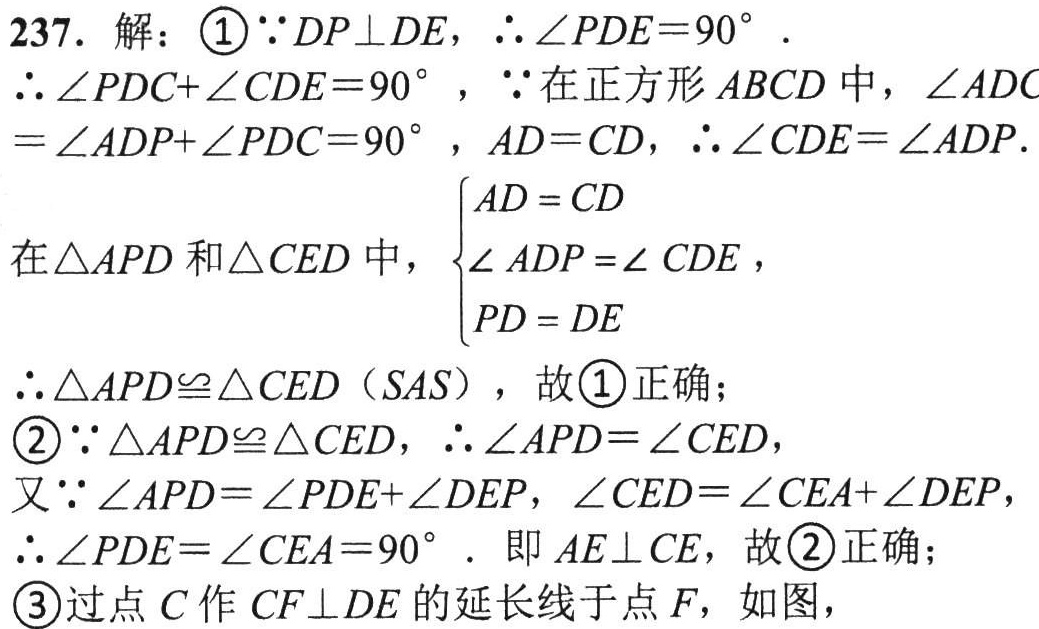
237. 解：\textcircled{1}$\because DP\perp DE$，$\therefore\angle PDE = 90^{\circ}$.
$\therefore\angle PDC+\angle CDE = 90^{\circ}$，$\because$在正方形$ABCD$中，$\angle ADC=\angle ADP+\angle PDC = 90^{\circ}$，$AD = CD$，$\therefore\angle CDE=\angle ADP$.
在$\triangle APD$和$\triangle CED$中，$\begin{cases}AD = CD\\\angle ADP=\angle CDE\\PD = DE\end{cases}$，
$\therefore\triangle APD\cong\triangle CED$（$SAS$），故\textcircled{1}正确；
\textcircled{2}$\because\triangle APD\cong\triangle CED$，$\therefore\angle APD=\angle CED$，
又$\because\angle APD=\angle PDE+\angle DEP$，$\angle CED=\angle CEA+\angle DEP$，
$\therefore\angle PDE=\angle CEA = 90^{\circ}$. 即$AE\perp CE$，故\textcircled{2}正确；
\textcircled{3}过点$C$作$CF\perp DE$的延长线于点$F$，如图，